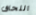
اللحاق